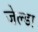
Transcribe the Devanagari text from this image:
जेल्डा